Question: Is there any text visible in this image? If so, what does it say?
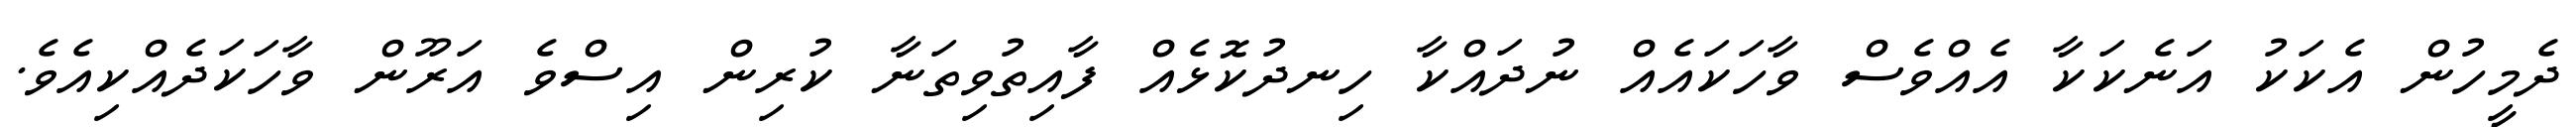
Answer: ދެމީހުން އެކަކު އަނެކަކާ އެއްވެސް ވާހަކައެއް ނުދައްކާ ހިނދުކޮޅެއް ފާއިތުވިތަނާ ކުރިން އިސްވެ އަރޫން ވާހަކަދެއްކިއެވެ.